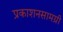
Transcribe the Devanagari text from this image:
प्रकाशनसामग्री